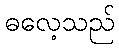
ဓလေ့သည်